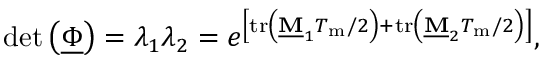
\mathrm { d e t } \left( \underline { { \boldsymbol { \Phi } } } \right) = \lambda _ { 1 } \lambda _ { 2 } = e ^ { \left[ \mathrm { t r } \left( \mathbf { \underline { { M } } } _ { 1 } T _ { \mathrm { m } } / 2 \right) + \mathrm { t r } \left( \mathbf { \underline { { M } } } _ { 2 } T _ { \mathrm { m } } / 2 \right) \right] } ,